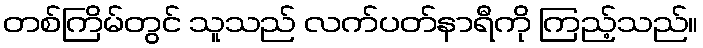
တစ်ကြိမ်တွင် သူသည် လက်ပတ်နာရီကို ကြည့်သည်။